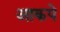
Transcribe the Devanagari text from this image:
आकपे